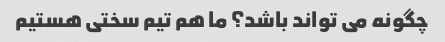
چگونه می تواند باشد؟ ما هم تیم سختی هستیم